Vaccination report Assam 1896-1927 - 1896-1927
Year: 1896
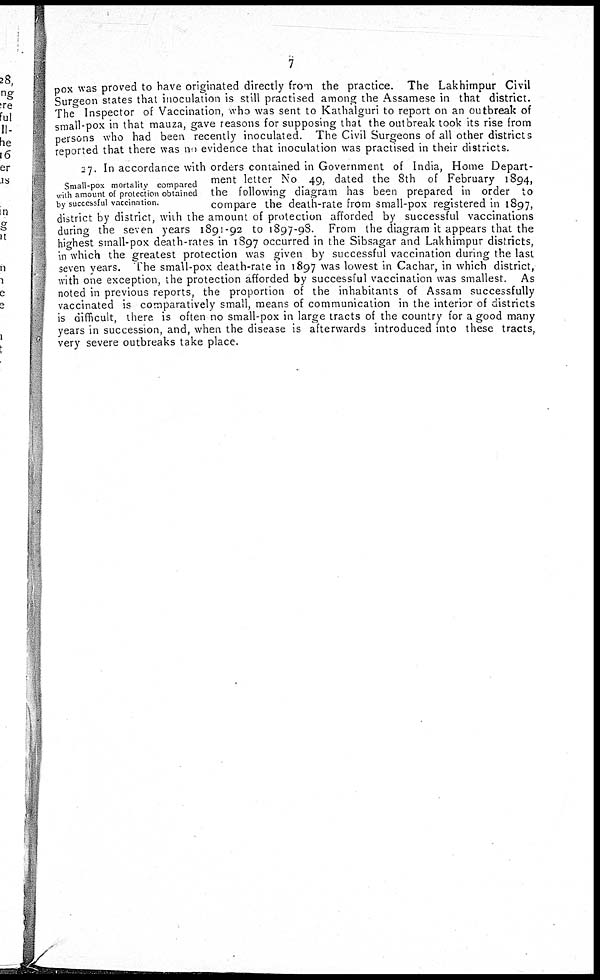
7
pox was proved to have originated directly from the practice. The Lakhimpur Civil
Surgeon states that inoculation is still practised among the Assamese in that district.
The Inspector of Vaccination, who was sent to Kathalguri to report on an outbreak of
small-pox in that mauza, gave reasons for supposing that the outbreak took its rise from
persons who had been recently inoculated. The Civil Surgeons of all other districts
reported that there was no evidence that inoculation was practised in their districts.
Small-pox mortality compared
with amount of protection obtained
by successful vaccination.
27. In accordance with orders contained in Government of India, Home Depart-
ment letter No 49, dated the 8th of February 1894,
the following diagram has been prepared in order to
compare the death-rate from small-pox registered in 1897,
district by district, with the amount of protection afforded by successful vaccinations
during the seven years 1891-92 to 1897-98. From the diagram it appears that the
highest small-pox death-rates in 1897 occurred in the Sibsagar and Lakhimpur districts,
in which the greatest protection was given by successful vaccination during the last
seven years. The small-pox death-rate in 1897 was lowest in Cachar, in which district,
with one exception, the protection afforded by successful vaccination was smallest. As
noted in previous reports, the proportion of the inhabitants of Assam successfully
vaccinated is comparatively small, means of communication in the interior of districts
is difficult, there is often no small-pox in large tracts of the country for a good many
years in succession, and, when the disease is afterwards introduced into these tracts,
very severe outbreaks take place.